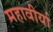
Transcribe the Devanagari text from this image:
महावीर्या